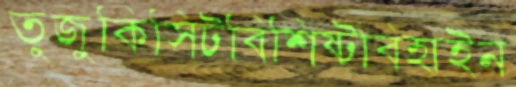
তুজুকিসিটবিশিষ্টবিহাইন